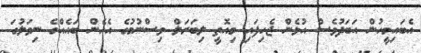
އެބައިމީހުން އަބަދުވެސް އުޅެން ޖެހިފައި މިއޮތީ ލިބަރަލް ވިސްނުމުގެ އެހެން ބައެއްގެ ނިވަލުގަ